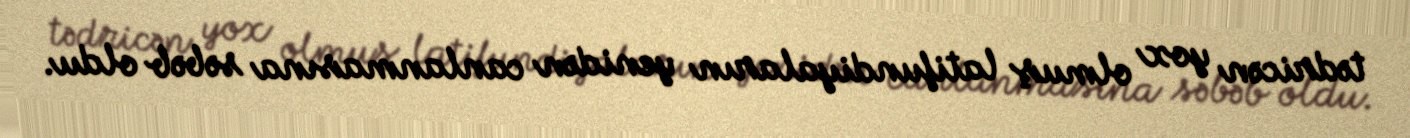
tədricən yox olmuş latifundiyaların yenidən canlanmasına səbəb oldu.